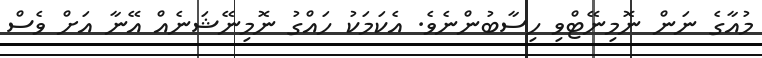
މުއާގެ ނަން ނޮމިނޭޓްވި ހިސާބުންނެވެ. އެކަމަކު ހައްގު ނޮމިނޭޝަނެއް އޭނާ އަށް ވެސް